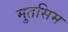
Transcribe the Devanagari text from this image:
मुतसिम